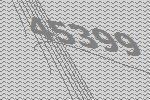
45399